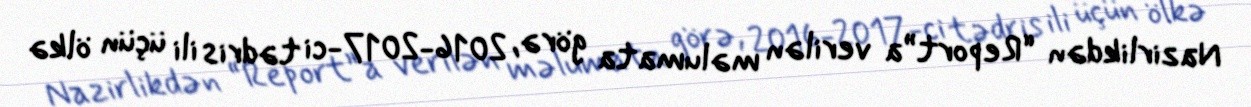
Nazirlikdən “Report”a verilən məlumata görə, 2016-2017-ci tədris ili üçün ölkə